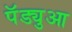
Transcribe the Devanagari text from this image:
पॅड्युआ